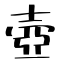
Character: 壺